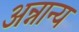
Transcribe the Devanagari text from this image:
अन्नान्य